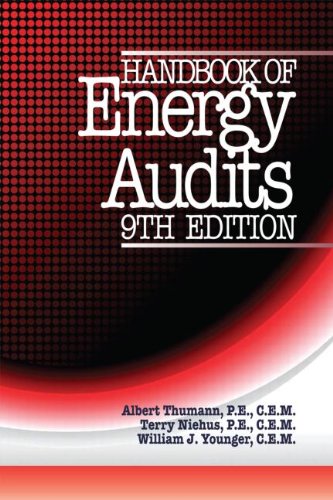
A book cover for Handbook of Energy Audits, Ninth Edition; Albert Thumann; Business & Money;